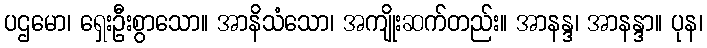
ပဌမော၊ ရှေးဦးစွာသော။ အာနိသံသော၊ အကျိုးဆက်တည်း။ အာနန္ဒ၊ အာနန္ဒာ။ ပုန၊